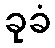
ခုခံ